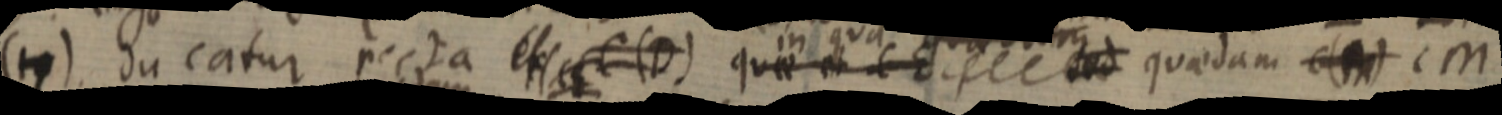
(7) ducatur recta ex C (D) quae et CE sed quaedam _ CM